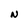
Character: N